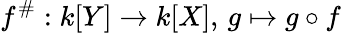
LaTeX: f^{\# }:k[Y]\to k[X],\, g\mapsto g\circ f